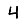
Digit: 4